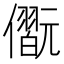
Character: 𠐢